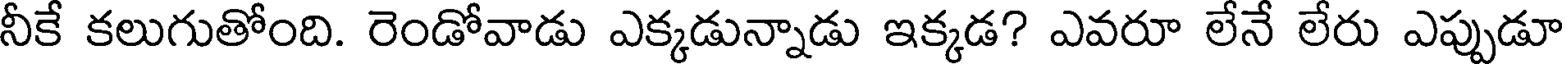
నీకే కలుగుతోంది. రెండోవాడు ఎక్కడున్నాడు ఇక్కడ? ఎవరూ లేనే లేరు ఎప్పుడూ